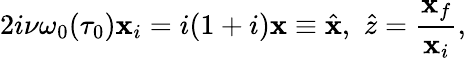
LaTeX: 2i\nu\omega_{0}(\tau_{0})\mathbf{x}_{i}=i(1+i)\mathbf{x}\equiv\hat{{\mathbf{x}}},\, \, \hat{{z}}=\frac{{\mathbf{x}_{f}}}{{\mathbf{x}_{i}}},